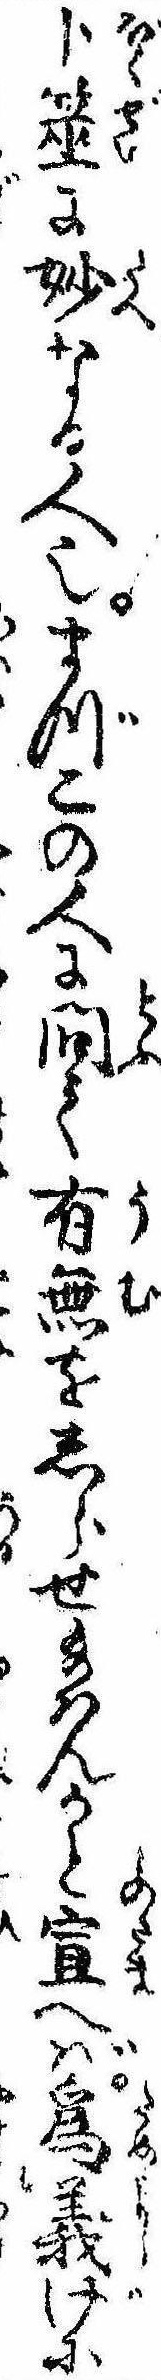
卜筮に妙なる人也まづこの人に問て有無をしらせ給はんかと宣へば為義げに